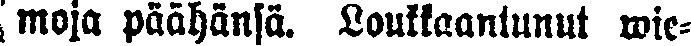
moja päähänsä. Loukkaantunut wie-